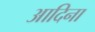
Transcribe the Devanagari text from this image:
आदिना